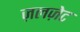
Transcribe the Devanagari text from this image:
ज़लज़ेट